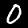
Digit: 0